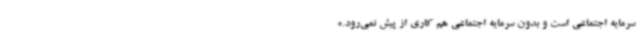
سرمایه اجتماعی است و بدون سرمایه اجتماعی هم کاری از پیش نمی‌رود.»